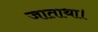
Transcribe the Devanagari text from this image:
जाताथा।